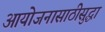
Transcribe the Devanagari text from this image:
आयोजनासाठीसुद्धा